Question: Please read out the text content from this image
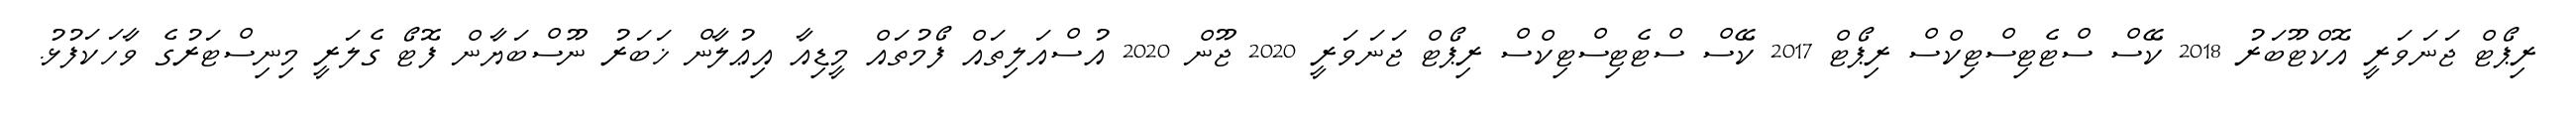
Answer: ރިޕޯޓް ޖަނަވަރީ އޮކްޓޫބަރު 2018 ކޭސް ސްޓެޓިސްޓިކްސް ރިޕޯޓް 2017 ކޭސް ސްޓެޓިސްޓިކްސް ރިޕޯޓް ޖަނަވަރީ 2020 ޖޫން 2020 އުސްއަލިތައް ފޯމުތައް މީޑިއާ އިޢުލާން ޚަބަރު ނޫސްބަޔާން ފޮޓޯ ގެލަރީ މިނިސްޓަރުގެ ވާހަކަފުޅު.